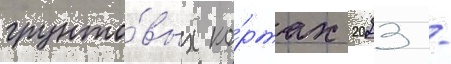
грунто́вых ко́ртах 2023 -